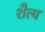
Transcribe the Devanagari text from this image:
शैत्य